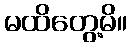
မထိတွေ့မိ။